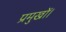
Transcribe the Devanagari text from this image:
प्रमुखों।